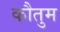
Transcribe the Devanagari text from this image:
कौतुम